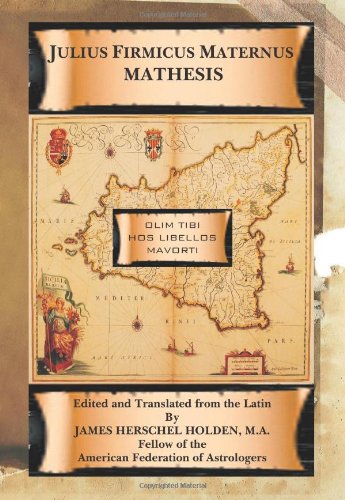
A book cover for Mathesis; Julius Firmicus Maternus; Literature & Fiction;